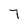
Character: 7